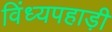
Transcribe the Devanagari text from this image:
विंध्यपहाड़ी